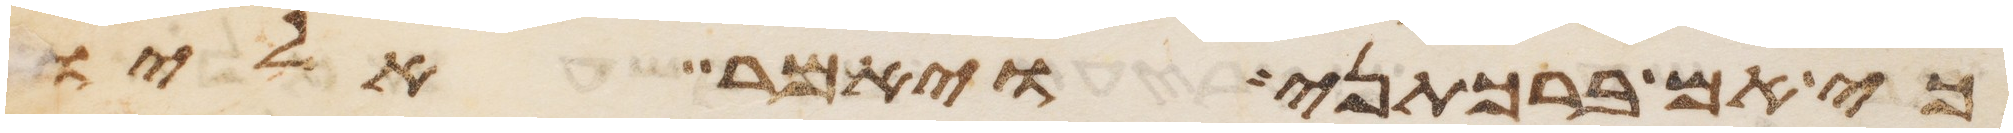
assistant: כי אם ברכתני ויאמר אליו